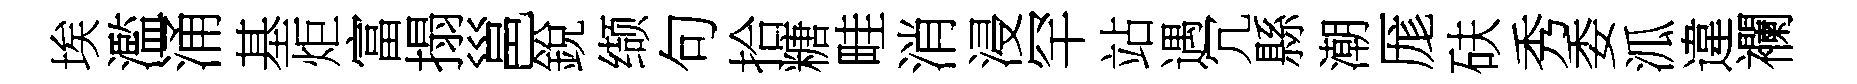
埃濫涌基炬富搨邕銳缬句拾糖畦消浸罕站遇冗縣潮厖砆秀委泒違襴